Statistics compiled by the Government of India from the reports of provincial Civil Veterinary Departments
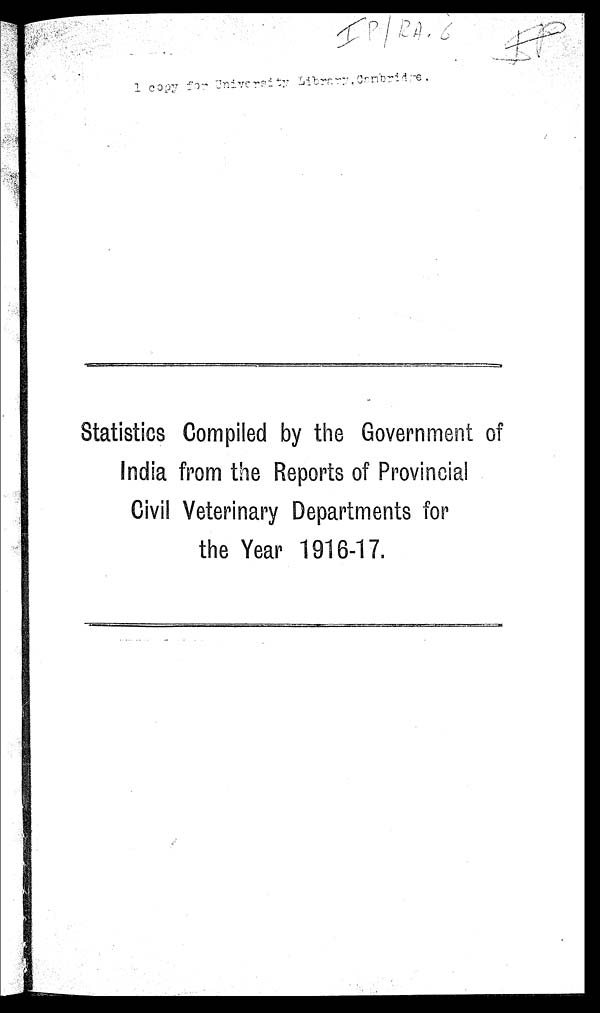
Statistics Compiled by the Government of
India from the Reports of Provincial
Civil Veterinary Departments for
the Year 1916-17.